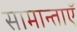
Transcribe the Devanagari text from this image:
सामान्ताएँ